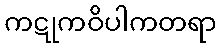
ကဋုကဝိပါကတရာ